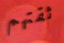
ثقتهم